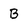
Character: B